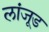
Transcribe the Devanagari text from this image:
लांजूड